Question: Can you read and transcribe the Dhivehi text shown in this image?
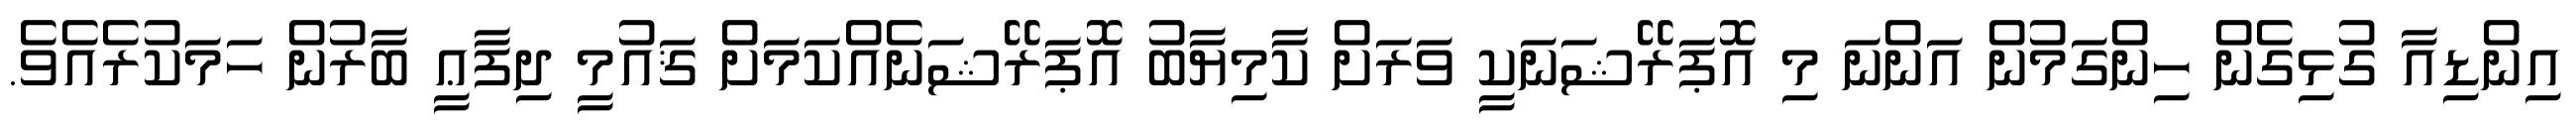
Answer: އިންޑިއާ ގުޅިގެން ހިންގަމުން އަންނަ މި އޮޕަރޭޝަނަކީ ވަރަށް ކާމިޔާބު އޮޕަރޭޝަނެއްކަމަށް ޤައުމީ ދިފާޢީ ބާރުން ހަމަކުރެއެވެ.